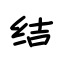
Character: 结